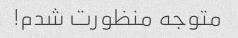
متوجه منظورت شدم!